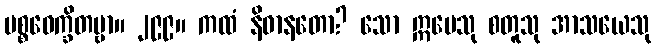
ပစ္စဝေက္ခိတဗ္ဗာ။ ၂၉၉။ ကထံ နိဓာနတော? သော ဣမေသု စတူသု အာသယေသု